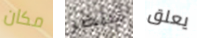
مكان تنتصر يعلق